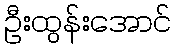
ဦးထွန်းအောင်